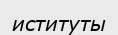
иституты